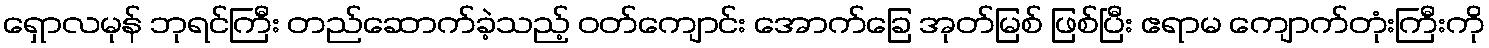
ရှောလမုန် ဘုရင်ကြီး တည်ဆောက်ခဲ့သည့် ဝတ်ကျောင်း အောက်ခြေ အုတ်မြစ် ဖြစ်ပြီး ဧရာမ ကျောက်တုံးကြီးကို